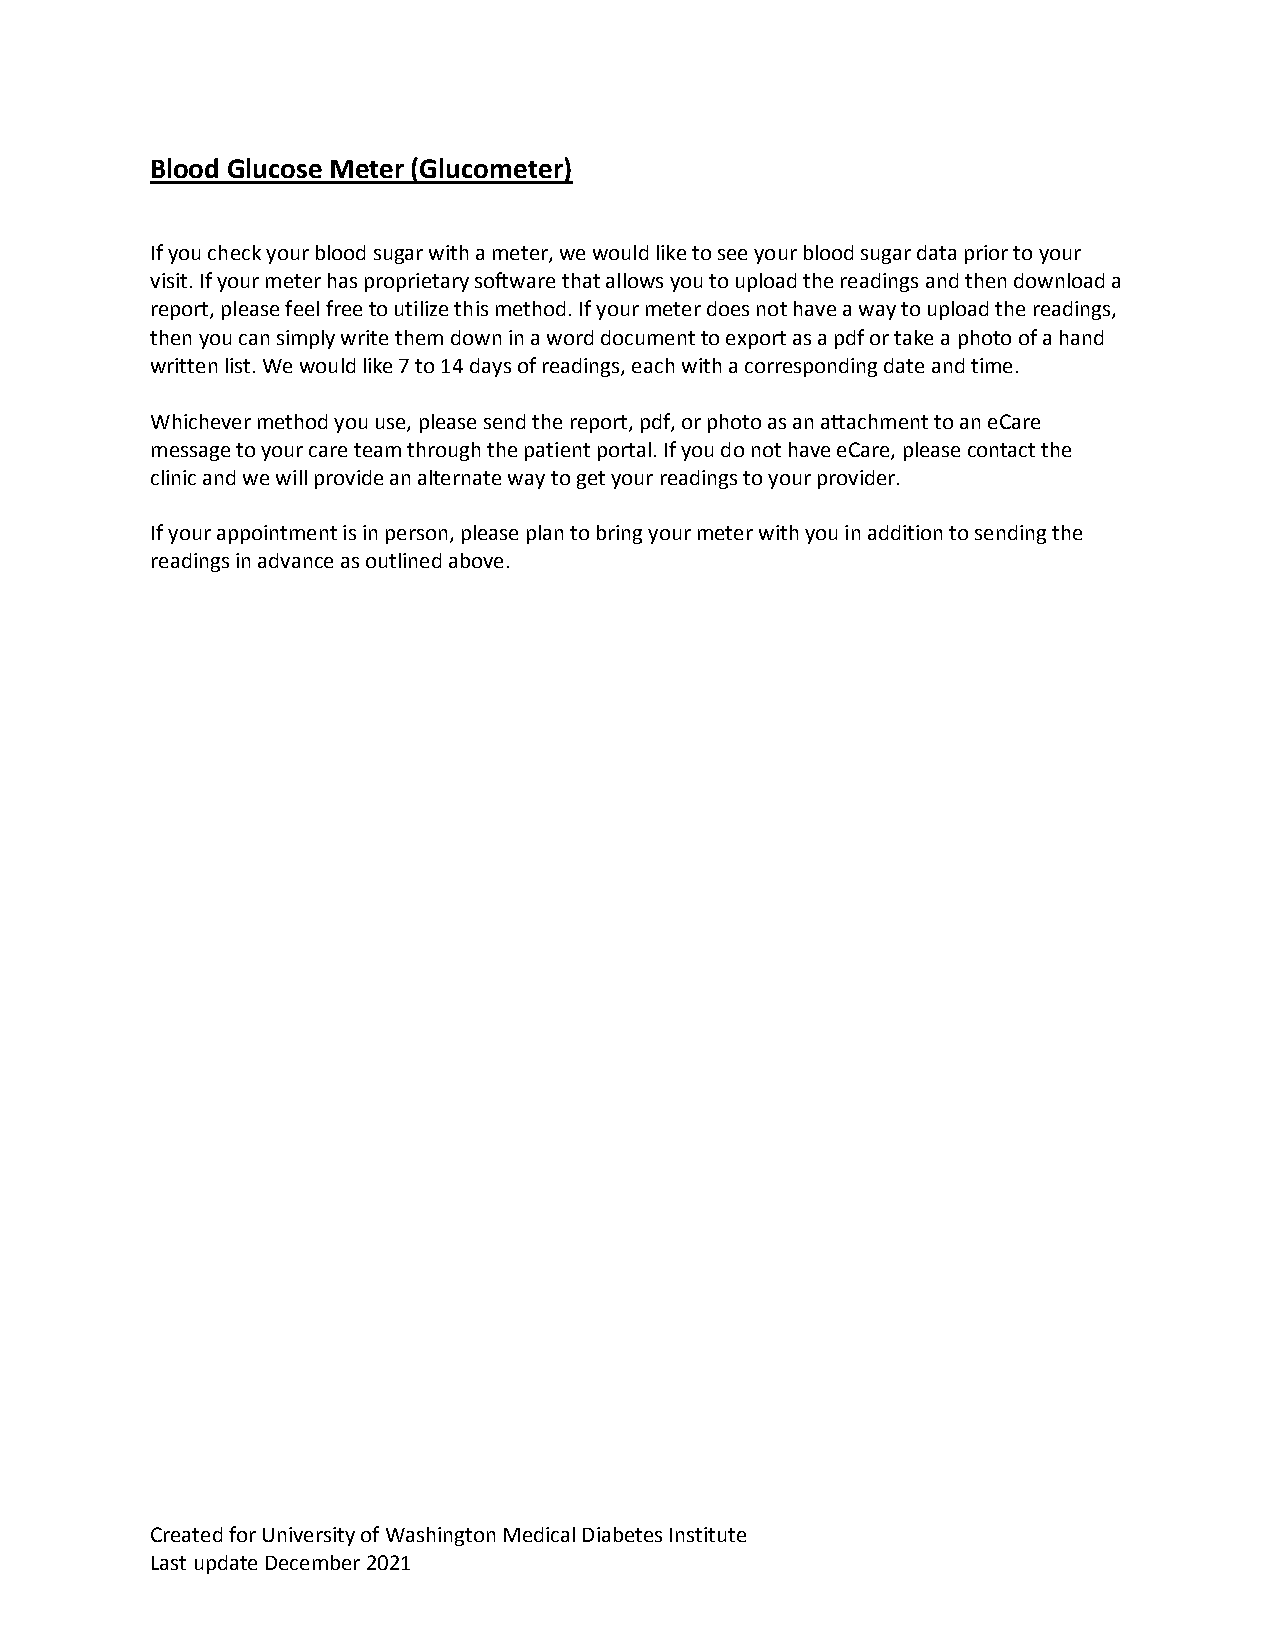
Blood Glucose Meter (Glucometer)
 If you check your blood sugar with a meter, we would like to see your blood sugar data prior to your
 visit. If your meter has proprietary software that allows you to upload the readings and then download a
 report, please feel free to utilize this method. If your meter does not have a way to upload the readings,
 then you can simply write them down in a word document to export as a pdf or take a photo of a hand
 written list. We would like 7 to 14 days of readings, each with a corresponding date and time.
 Whichever method you use, please send the report, pdf, or photo as an attachment to an eCare
 message to your care team through the patient portal. If you do not have eCare, please contact the
 clinic and we will provide an alternate way to get your readings to your provider.
 If your appointment is in person, please plan to bring your meter with you in addition to sending the
 readings in advance as outlined above.
 Created for University of Washington Medical Diabetes Institute
 Last update December 2021